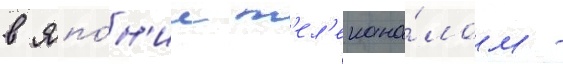
в япо́н'ии т'ел'екана́лом -